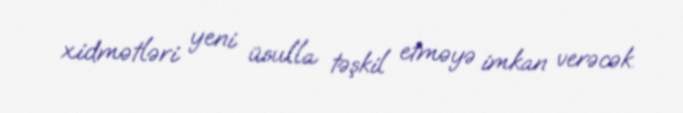
xidmətləri yeni üsulla təşkil etməyə imkan verəcək.